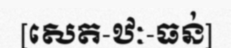
[សេត-ឋៈ-ធន់]